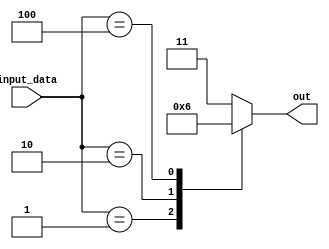
// This program was cloned from: https://github.com/Aryavardhan37/Verilog_codes
// License: MIT License

module prior_enco_4to2(
    input [3:0] input_data,
    output reg [1:0] out
);

always @(*) begin
    case(input_data)
        4'b0001: out = 2'b00;
        4'b0010: out = 2'b01;
        4'b0100: out = 2'b10;
        4'b1000: out = 2'b11;
        default: out = 2'b11; 
    endcase
end

endmodule